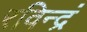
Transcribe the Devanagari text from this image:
रविन्द्रं